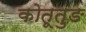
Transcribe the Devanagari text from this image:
कोतूतुङ